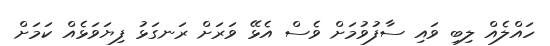
ހައްލެއް ލިބި ވައި ސާފުވުމަށް ވެސް އެޅޭ ވަރަށް ރަނގަޅު ފިޔަވަޅެއް ކަމަށް